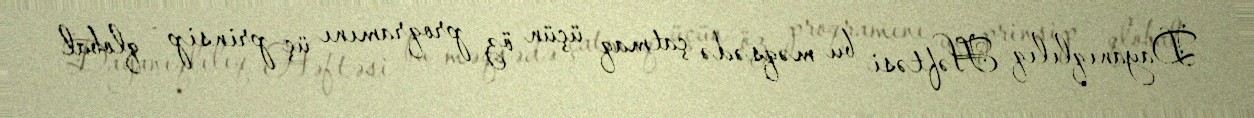
Dayanıqlılıq Həftəsi bu məqsədə çatmaq üçün öz proqramını üç prinsip - qlobal